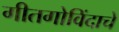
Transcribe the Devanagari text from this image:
गीतगोविंदाचे